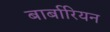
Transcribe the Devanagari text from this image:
बार्बारियन